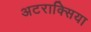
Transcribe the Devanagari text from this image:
अटराक्सिया